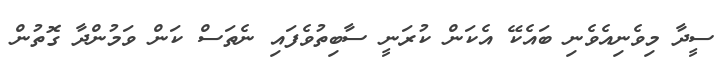
ސީދާ މިވެނިއެވެނި ބައެކޭ އެކަން ކުރަނީ ސާބިތުވެފައި ނެތަސް ކަން ވަމުންދާ ގޮތުން